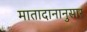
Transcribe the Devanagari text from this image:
मातादानानुसार